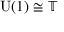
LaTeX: { \mathrm { U } } ( 1 ) \cong \mathbb { T }